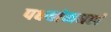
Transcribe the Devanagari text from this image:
पक्ष्यांमधलं